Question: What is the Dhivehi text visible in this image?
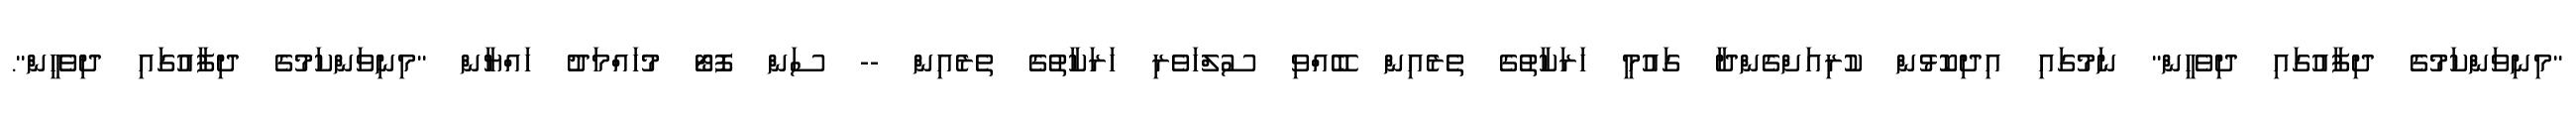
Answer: "މިނިވަންކަމުގެ ދިފާއުގައި ދިވެހީން" ނަމުގައި އިދިކޮޅުން ކުރިއަށްގެންދާ ގައުމީ ހަރަކާތުގެ ތެރެއިން ބޭއްވި ސުލްހަވެރި ހަރަކާތުގެ ތެރެއިން -- ސަން ފޮޓޯ މުހައްމަދު ހައްޔާން "މިނިވަންކަމުގެ ދިފާއުގައި ދިވެހީން".